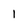
Character: l